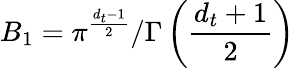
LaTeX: B_{1}=\pi^{\frac{{d_{t}}-1}{2}}/\Gamma\left(\frac{{d_{t}}+1}{2}\right)